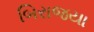
બિરાજયા